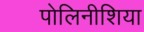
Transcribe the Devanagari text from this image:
पोलिनीशिया